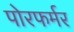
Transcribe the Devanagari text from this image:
पोरफर्मर